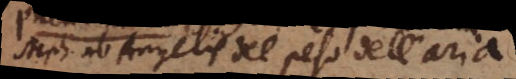
Steph. ab Angelis del peso dell’ aria.